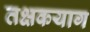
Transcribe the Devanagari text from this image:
तक्षकयाग